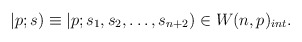
\begin{align*}|p;s)\equiv |p;s_1,s_2,\ldots,s_{n+2})\in W(n,p)_{int}.\end{align*}